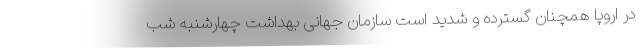
در اروپا همچنان گسترده و شدید است سازمان جهانی بهداشت چهارشنبه شب